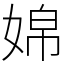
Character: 婂